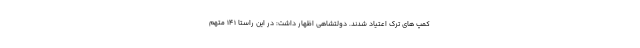
کمپ های ترک اعتیاد شدند. دولتشاهی اظهار داشت: در این راستا ۱۴۱ متهم